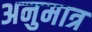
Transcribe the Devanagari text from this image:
अनुमात्र